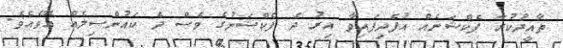
ތާއީދުކުރާ ފެކްޝަނެއް އުފެދިފައިވާ އިރު ދެ ފެކްޝަނުގެ ވެސް ދެ ކައުންސިލެއް އޮވެއެވެ.